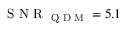
\textrm { S N R } _ { \textrm { Q D M } } = 5 . 1